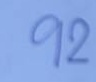
92